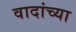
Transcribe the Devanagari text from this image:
वादांच्या